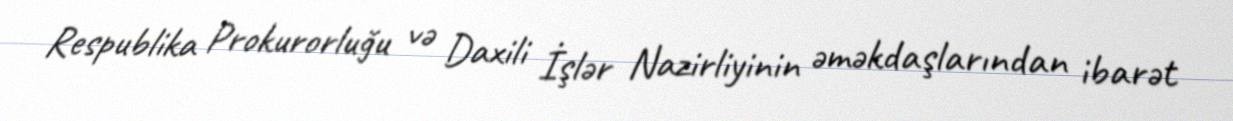
Respublika Prokurorluğu və Daxili İşlər Nazirliyinin əməkdaşlarından ibarət